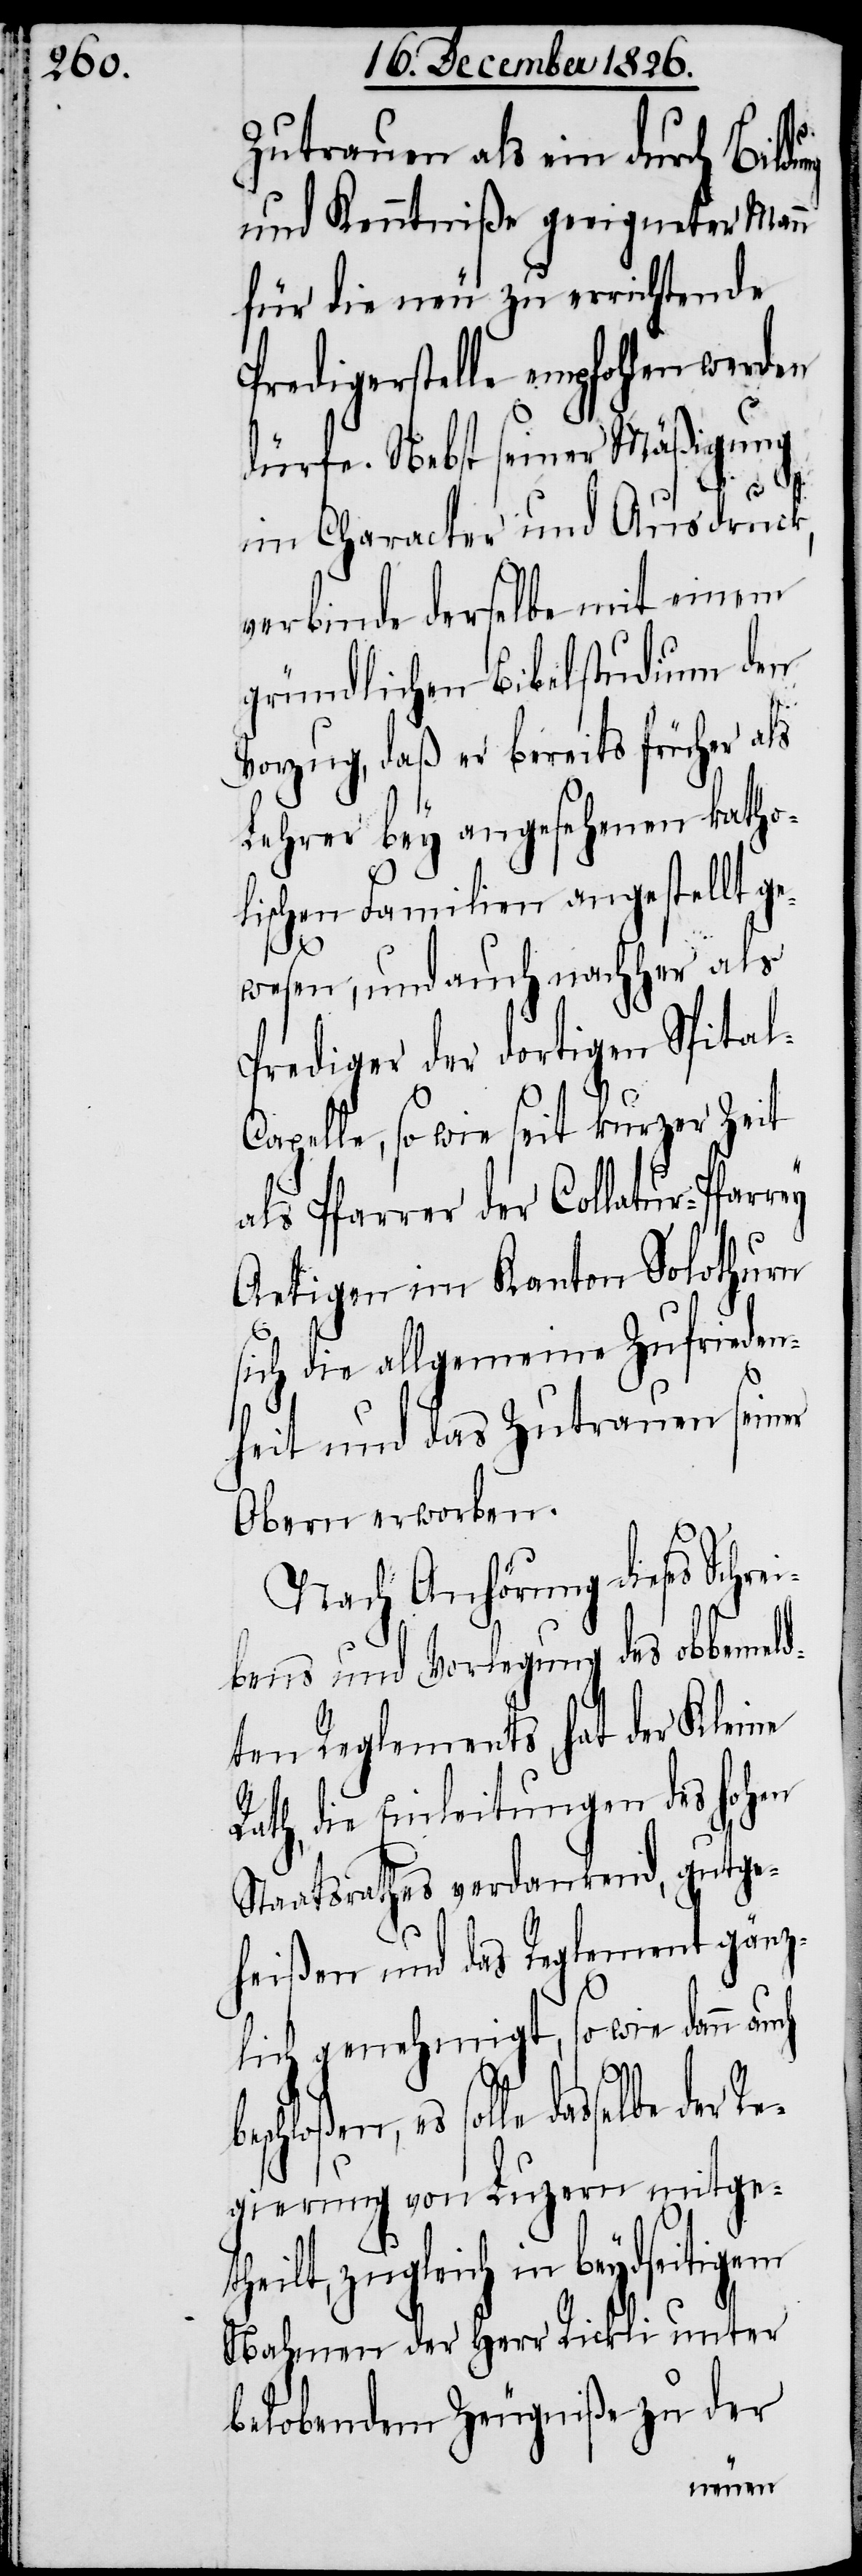
Zutrauen als ein durch Bildung
und Kenntniß geeigneter Mann
für die neu zu errichtende
Predigerstelle empfohlen werden
dürfe. Nebst seiner Mäßigung
l-C¬
im Character und Ausdruck,
verbinde derselbe mit einem
gründlichen Bibelstudium den
Vorzug, daß er bereits früher als
Lehrer bey angesehenen katho¬
R¬
lischen Familien angestellt g¬
ewesen, und auch nachher als
Prediger der dortigen Spita¬
apelle, sowie seit kurzer Zeit
als Pfarrer der Colatur-Pfarrey
Aetigen im Kanton Solothurn
sich die allgemeine Zufrieden¬
heit und das Zutrauen seiner
Obern erworben.
Nach Anhörung dieses Schr¬
bens und Vorlegung des obbemeld¬
ten Reglements, hat der Kleine
ath, die Einleitungen des hohen
Staatsrathes verdankend, gutge¬
heißen und das Reglement gänz¬
lich genehmigt, so wie dann au¬
solle dasselbe der R¬
egierung von Luzern mitget¬
heilt, zugleich in beydseitigem
Nahmen der Herr Rickli unter
belobendem Zeugniße zu der